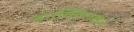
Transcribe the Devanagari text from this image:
इनक्विलाइन